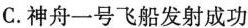
C.神舟一号飞船发射成功